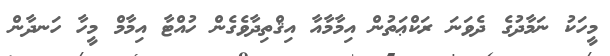
މީހަކު ނަމާދުގެ ދެވަނަ ރަކްޢަތުން އިމާމާއާ އިޤްތިދާވެގެން ހުއްޓާ އިމާމް މީހާ ހަނދާން